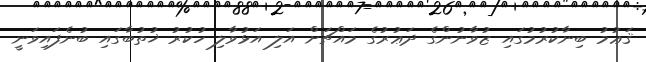
ޤަޢުމު ބިނާކުރުމުގައި ޒުވާނުންގެ ދަޢުރުގެ މައްޗަށް އަލި އަޅުވާލި ހުކުރު ޚުތުބާގައި ބުނެފައިވަނީ